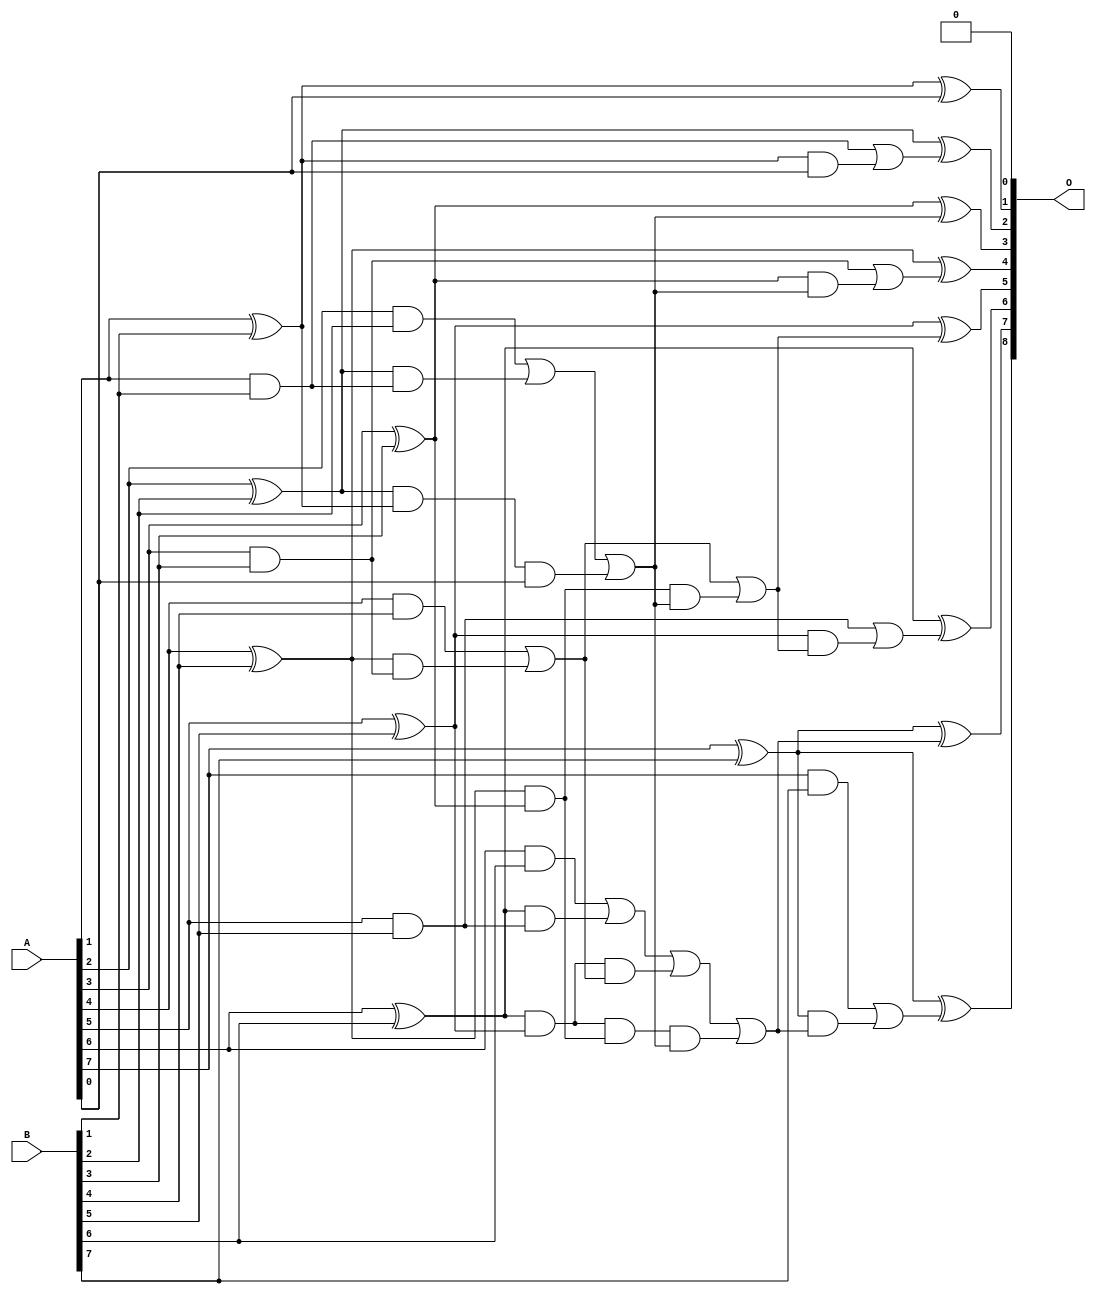
// This program was cloned from: https://github.com/ehw-fit/evoapproxlib
// License: MIT License

/***
* This code is a part of EvoApproxLib library (ehw.fit.vutbr.cz/approxlib) distributed under The MIT License.
* When used, please cite the following article(s): V. Mrazek, L. Sekanina, Z. Vasicek "Libraries of Approximate Circuits: Automated Design and Application in CNN Accelerators" IEEE Journal on Emerging and Selected Topics in Circuits and Systems, Vol 10, No 4, 2020 
* This file contains a circuit from a sub-set of pareto optimal circuits with respect to the pwr and mse parameters
***/
// MAE% = 0.20 %
// MAE = 0.5 
// WCE% = 0.39 %
// WCE = 1.0 
// WCRE% = 100.00 %
// EP% = 50.00 %
// MRE% = 2.28 %
// MSE = 0.5 
// PDK45_PWR = 0.033 mW
// PDK45_AREA = 66.6 um2
// PDK45_DELAY = 0.60 ns

module add8se_8V4 (
    A,
    B,
    O
);

input [7:0] A;
input [7:0] B;
output [8:0] O;

wire sig_18,sig_19,sig_20,sig_21,sig_22,sig_23,sig_24,sig_25,sig_26,sig_27,sig_28,sig_29,sig_30,sig_31,sig_32,sig_33,sig_34,sig_35,sig_36,sig_37;
wire sig_38,sig_39,sig_40,sig_41,sig_42,sig_43,sig_44,sig_45,sig_46,sig_47,sig_48,sig_49,sig_50,sig_51,sig_52,sig_53,sig_54,sig_55,sig_56,sig_57;
wire sig_58,sig_59,sig_60,sig_61,sig_62,sig_63,sig_64,sig_65,sig_66;

assign sig_18 = A[1] & B[1];
assign sig_19 = A[1] ^ B[1];
assign sig_20 = A[2] & B[2];
assign sig_21 = A[2] ^ B[2];
assign sig_22 = A[3] & B[3];
assign sig_23 = A[3] ^ B[3];
assign sig_24 = A[4] & B[4];
assign sig_25 = A[4] ^ B[4];
assign sig_26 = A[5] & B[5];
assign sig_27 = A[5] ^ B[5];
assign sig_28 = A[6] & B[6];
assign sig_29 = A[6] ^ B[6];
assign sig_30 = A[7] & B[7];
assign sig_31 = A[7] ^ B[7];
assign sig_32 = A[7] ^ B[7];
assign sig_33 = sig_21 & sig_18;
assign sig_34 = sig_21 & sig_19;
assign sig_35 = sig_20 | sig_33;
assign sig_36 = sig_25 & sig_22;
assign sig_37 = sig_25 & sig_23;
assign sig_38 = sig_24 | sig_36;
assign sig_39 = sig_29 & sig_26;
assign sig_40 = sig_29 & sig_27;
assign sig_41 = sig_28 | sig_39;
assign sig_42 = sig_34 & A[0];
assign sig_43 = sig_35 | sig_42;
assign sig_44 = sig_40 & sig_38;
assign sig_45 = sig_40 & sig_37;
assign sig_46 = sig_41 | sig_44;
assign sig_47 = sig_45 & sig_43;
assign sig_48 = sig_46 | sig_47;
assign sig_49 = sig_37 & sig_43;
assign sig_50 = sig_38 | sig_49;
assign sig_51 = sig_19 & A[0];
assign sig_52 = sig_18 | sig_51;
assign sig_53 = sig_23 & sig_43;
assign sig_54 = sig_22 | sig_53;
assign sig_55 = sig_27 & sig_50;
assign sig_56 = sig_26 | sig_55;
assign sig_57 = sig_31 & sig_48;
assign sig_58 = sig_30 | sig_57;
assign sig_59 = sig_19 ^ A[0];
assign sig_60 = sig_21 ^ sig_52;
assign sig_61 = sig_23 ^ sig_43;
assign sig_62 = sig_25 ^ sig_54;
assign sig_63 = sig_27 ^ sig_50;
assign sig_64 = sig_29 ^ sig_56;
assign sig_65 = sig_31 ^ sig_48;
assign sig_66 = sig_32 ^ sig_58;

assign O[8] = sig_66;
assign O[7] = sig_65;
assign O[6] = sig_64;
assign O[5] = sig_63;
assign O[4] = sig_62;
assign O[3] = sig_61;
assign O[2] = sig_60;
assign O[1] = sig_59;
assign O[0] = 1'b0;

endmodule